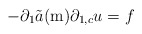
\begin{align*}-\partial_{1}\tilde{a}(\mathrm{m})\partial_{1,c}u=f\end{align*}